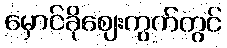
မှောင်ခိုဈေးကွက်တွင်